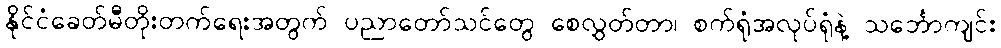
နိုင်ငံခေတ်မီတိုးတက်ရေးအတွက် ပညာတော်သင်တွေ စေလွှတ်တာ၊ စက်ရုံအလုပ်ရုံနဲ့ သင်္ဘောကျင်း